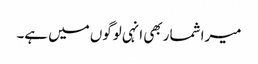
میرا شمار بھی انہی لوگوں میں ہے۔